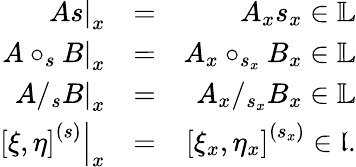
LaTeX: \begin{array}{rlr}{\left.As\right\vert_{x}}&{=}&{A_{x}s_{x}\in\mathbb{L}}\\ {\left.A\circ_{s}B\right\vert_{x}}&{=}&{A_{x}\circ_{s_{x}}B_{x}\in\mathbb{L}}\\ {\left.A/_{s}B\right\vert_{x}}&{=}&{A_{x}/_{s_{x}}B_{x}\in\mathbb{L}}\\ {\left.\left[\xi,\eta\right]^{\left(s\right)}\right\vert_{x}}&{=}&{\left[\xi_{x},\eta_{x}\right]^{\left(s_{x}\right)}\in\mathfrak{l.}}\end{array}